Lunatic asylums Central Provinces reports 1895-1909 - 1895-1909
Year: 1895
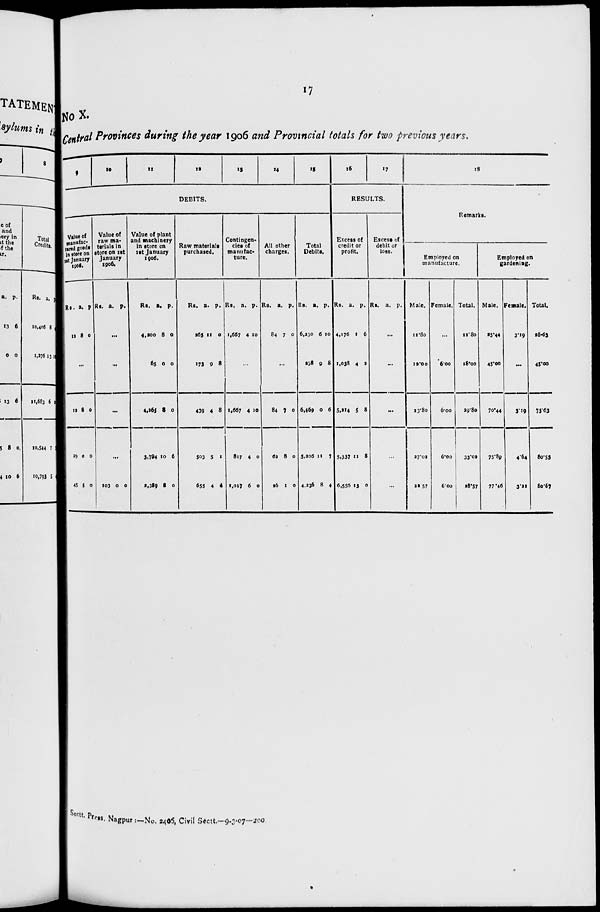
17
No X.
Central Provinces during the year 1906 and Provincial totals for two previous years.
9
10
11
12
13
14
15
DEBITS.
Value of
manufac¬
tured goods
in store on
1st January
1906.
Rs.
12
a.
8
p.
0
...
12
29
45
8
0
5
0
0
0
Value of
raw ma-
terials in
store on 1st
January
1906.
Rs.
a. p.
...
...
...
...
103 0 0
Value of plant
and machinery
in store on
1st January
1906.
Rs.
4,200
65
4,265
3,794
2,389
a.
8
0
8
10
8
p.
0
0
0
6
0
Raw materials
purchased.
Rs.
265
173
439
503
655
a.
11
9
4
5
4
p.
0
8
8
1
4
Contingen¬
cies of
manufac-
ture.
Rs.
1,667
a.
4
p.
10
...
1,667
817
1,017
4
4
6
10
0
0
All other
charges.
Rs.
84
a.
7
p.
0
...
84
62
26
7
8
1
0
0
0
Total
Debits.
Rs.
6,230
238
6,469
5,206
4,236
a.
6
9
0
11
8
p.
10
8
6
7
4
16
17
RESULTS.
Excess of
credit or
profit.
Rs.
4,176
1,038
5,214
5,337
6,556
a.
1
4
5
11
13
p.
6
2
8
8
0
Excess of
debit or
loss.
Rs. a. p.
...
...
...
...
...
18
Remarks.
Employed on
manufacture.
Male.
11.80
12.00
23.80
27.02
22.57
Female.
...
6.00
6.00
6.00
6.00
Total.
11.80
18.00
29.80
33.02
28.57
Employed on
gardening.
Male.
25.44
43.00
70.44
75.89
77.46
Female.
3.19
...
3.19
4.64
3.21
Total.
28.63
45.00
73.63
80.53
80.67